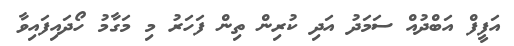
އަފީފް އަބްދުއް ސަމަދު އަދި ކުރިން ތިން ފަހަރު މި މަގާމު ހޯދައިފައިވާ